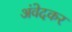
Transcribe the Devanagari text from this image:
अंवेदकर